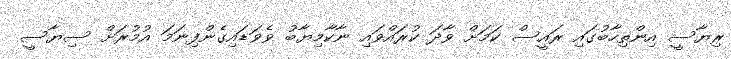
ރިޔާސީ އިންތިހާބުގައި ރައީސް ކަމަށް ވާދަ ކުރައްވައި ނާކާމިޔާބު ވެވަޑައިގެންފިނަމަ އުމުރަށް ސިޔާސީ